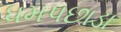
ધમપછાડા